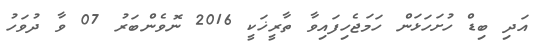
އަދި ބިޑް ހުށަހަޅަން ހަމަޖެހިފައިވާ ތާރީޚަކީ 2016 ނޮވެންބަރު 07 ވާ ދުވަހު